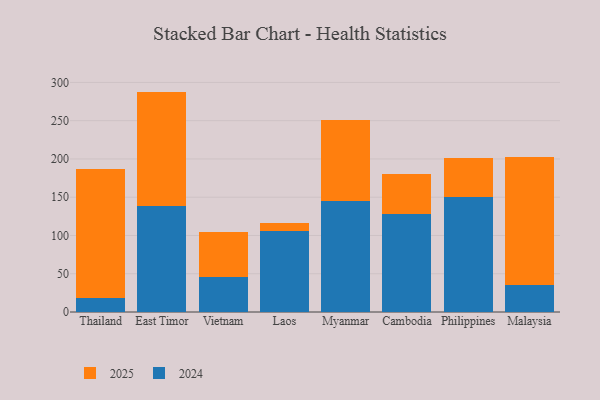
{"axis": {"x": "Country", "y": "Website Visitors"}, "legend": ["2024", "2025"], "data": [{"x": "Thailand", "y": 18.2, "type": "2024"}, {"x": "Thailand", "y": 168.7, "type": "2025"}, {"x": "East Timor", "y": 138.8, "type": "2024"}, {"x": "East Timor", "y": 149.2, "type": "2025"}, {"x": "Vietnam", "y": 45.6, "type": "2024"}, {"x": "Vietnam", "y": 58.6, "type": "2025"}, {"x": "Laos", "y": 105.4, "type": "2024"}, {"x": "Laos", "y": 10.3, "type": "2025"}, {"x": "Myanmar", "y": 144.8, "type": "2024"}, {"x": "Myanmar", "y": 106.0, "type": "2025"}, {"x": "Cambodia", "y": 128.2, "type": "2024"}, {"x": "Cambodia", "y": 52.3, "type": "2025"}, {"x": "Philippines", "y": 150.8, "type": "2024"}, {"x": "Philippines", "y": 50.5, "type": "2025"}, {"x": "Malaysia", "y": 35.1, "type": "2024"}, {"x": "Malaysia", "y": 168.0, "type": "2025"}]}